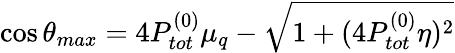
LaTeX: \cos\theta_{max}=4P_{tot}^{(0)}\mu_{q}-\sqrt{1+(4P_{tot}^{(0)}\eta)^{2}}